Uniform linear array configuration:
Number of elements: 12
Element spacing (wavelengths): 0.25
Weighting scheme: hann
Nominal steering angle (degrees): -15
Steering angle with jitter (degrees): -15.35
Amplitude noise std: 0.05
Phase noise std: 0.05

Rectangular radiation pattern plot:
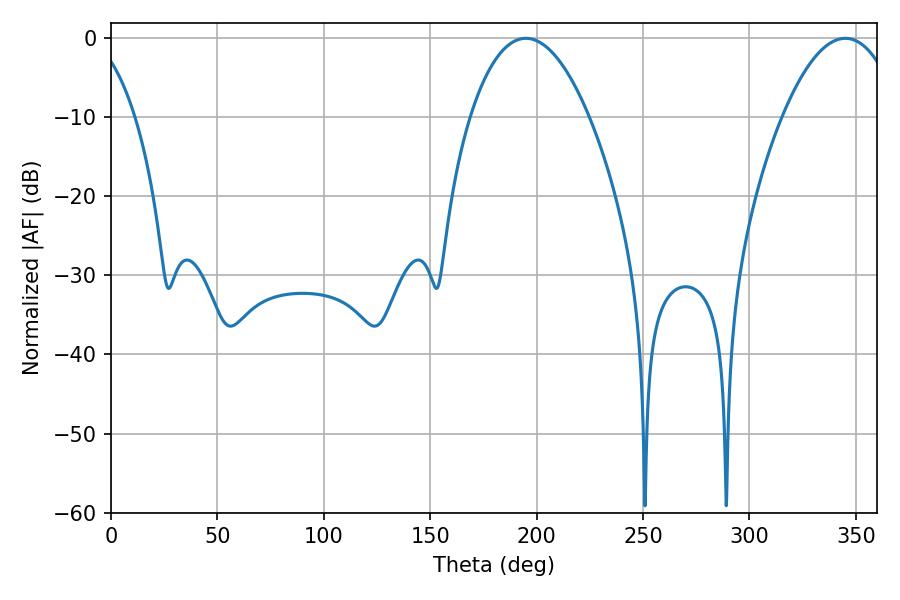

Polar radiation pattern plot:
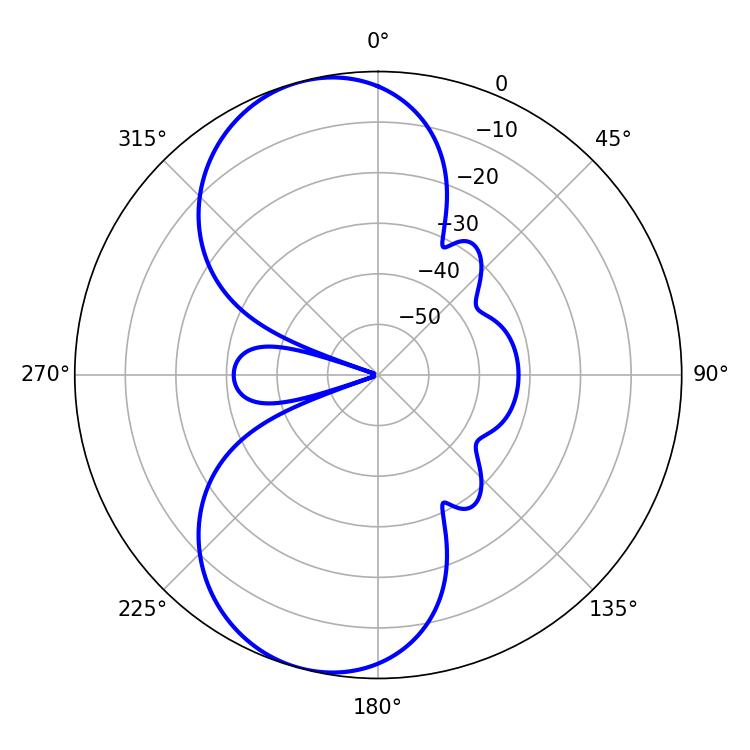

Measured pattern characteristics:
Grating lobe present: FALSE
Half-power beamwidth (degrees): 30.96
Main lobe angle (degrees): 194.94